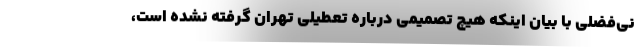
نی‌فضلی با بیان اینکه هیچ تصمیمی درباره تعطیلی تهران گرفته نشده است،